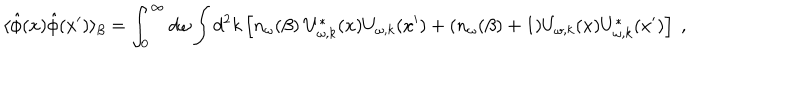
\langle \hat { \phi } ( x ) \hat { \phi } ( x ^ { \prime } ) \rangle _ { \beta } = \int _ { 0 } ^ { \infty } d \omega \int d ^ { 2 } k \left[ n _ { \omega } ( \beta ) ~ U _ { \omega , k } ^ { * } ( x ) U _ { \omega , k } ( x ^ { \prime } ) + ( n _ { \omega } ( \beta ) + 1 ) U _ { \omega , k } ( x ) U _ { \omega , k } ^ { * } ( x ^ { \prime } ) \right] ~ ,